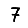
Digit: 7